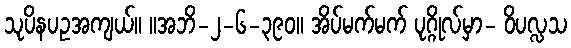
သုပိနပဥအကျယ်။ ။အဘိ-၂-၆-၃၉၀။ အိပ်မက်မက် ပုဂ္ဂိုလ်မှာ- ဝိပလ္လသ